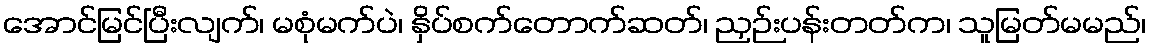
အောင်မြင်ပြီးလျက်၊ မစုံမက်ပဲ၊ နှိပ်စက်တောက်ဆတ်၊ ညှဉ်းပန်းတတ်က၊ သူမြတ်မမည်၊